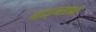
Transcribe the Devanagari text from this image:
नाइन्साफी